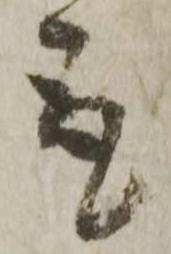
取